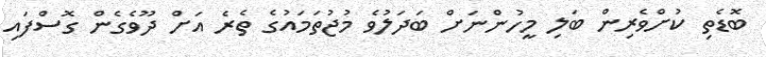
ބޮޑެތި ކުށްވެރިން ބަލި މީހުންނަށް ބަދަލުވެ މުޖުތަމައުގެ ތެރެ އަށް ދޫވެގެން ގޮސްފައި